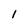
Character: 1